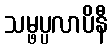
သမ္ဖပ္ပလာပိနီ